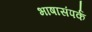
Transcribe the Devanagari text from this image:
भाषासंपर्क